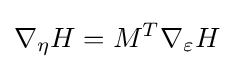
\nabla _{\eta }H=M^{T}\nabla _{\varepsilon }H